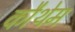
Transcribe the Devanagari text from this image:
कौथेम